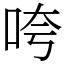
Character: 咵